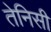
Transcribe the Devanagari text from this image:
तेनिसी